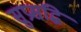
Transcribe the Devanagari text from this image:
सुप्रसद्धि